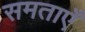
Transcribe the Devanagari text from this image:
समताएँ